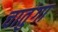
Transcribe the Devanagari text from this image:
चातुंगा